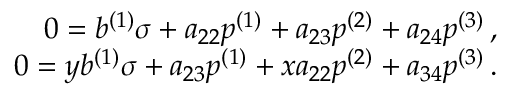
\begin{array} { r } { 0 = b ^ { ( 1 ) } \sigma + a _ { 2 2 } p ^ { ( 1 ) } + a _ { 2 3 } p ^ { ( 2 ) } + a _ { 2 4 } p ^ { ( 3 ) } \, , } \\ { 0 = y b ^ { ( 1 ) } \sigma + a _ { 2 3 } p ^ { ( 1 ) } + x a _ { 2 2 } p ^ { ( 2 ) } + a _ { 3 4 } p ^ { ( 3 ) } \, . } \end{array}